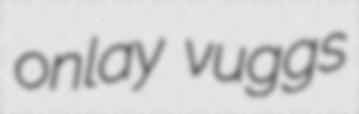
onlay vuggs